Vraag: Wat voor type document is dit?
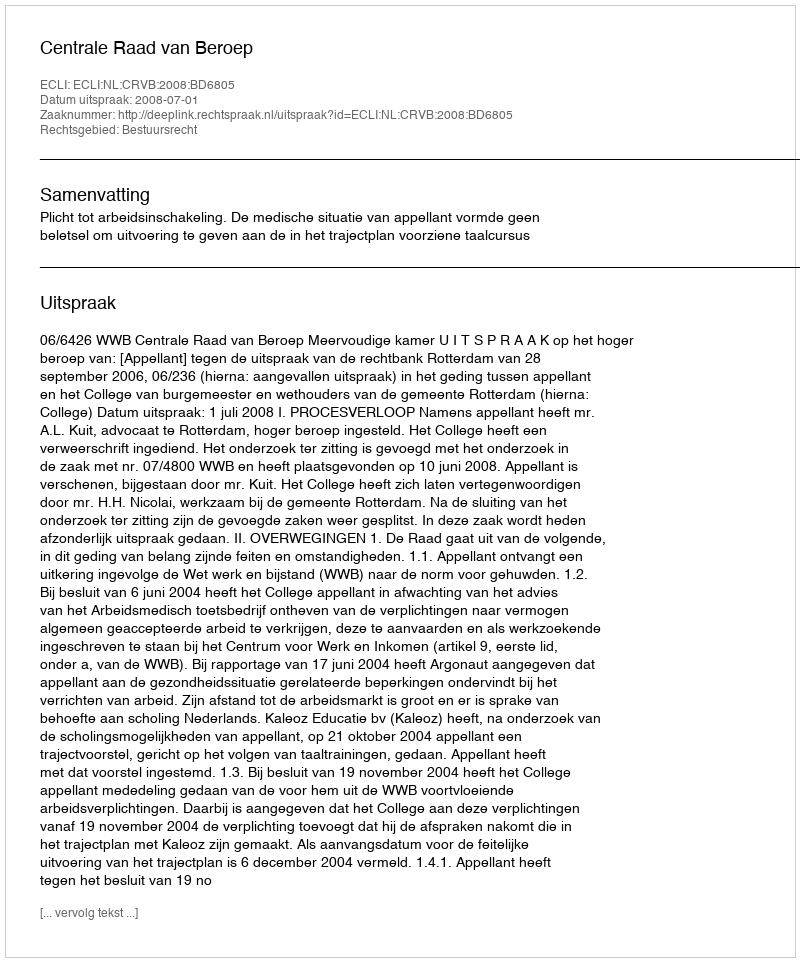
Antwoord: Uitspraak